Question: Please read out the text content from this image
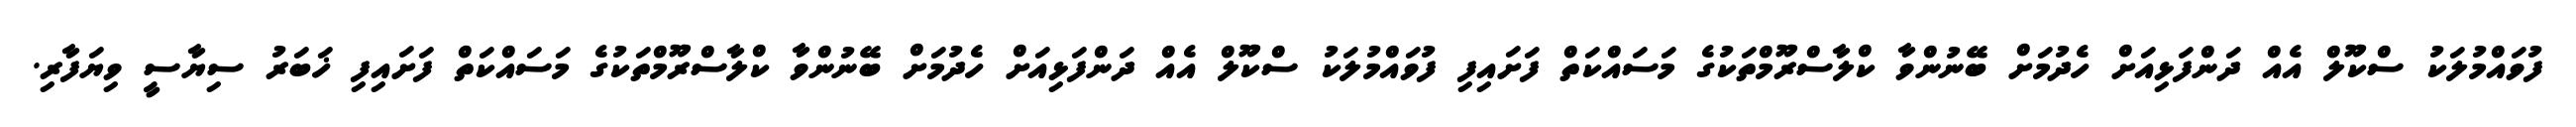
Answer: ފުވައްމުލަކު ސްކޫލް އެއް ދަންފަޅިއަށް ހެދުމަށް ބޭނުންވާ ކްލާސްރޫމްތަކުގެ މަސައްކަތް ފަށައިފި ފުވައްމުލަކު ސްކޫލް އެއް ދަންފަޅިއަށް ހެދުމަށް ބޭނުންވާ ކްލާސްރޫމްތަކުގެ މަސައްކަތް ފަށައިފި ޚަބަރު ސިޔާސީ ވިޔަފާރި.